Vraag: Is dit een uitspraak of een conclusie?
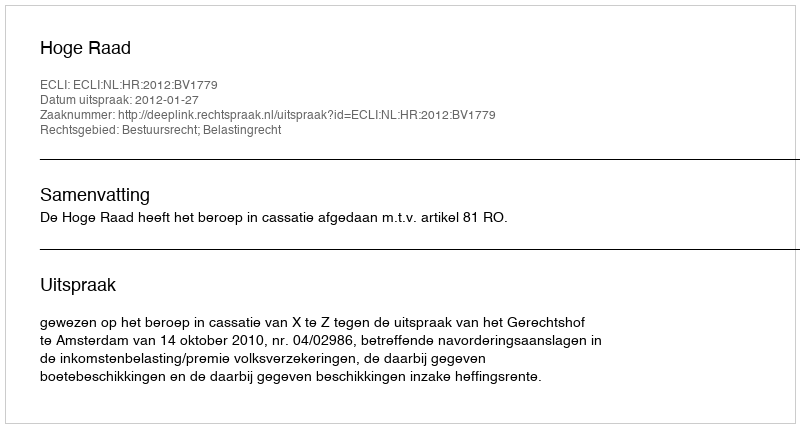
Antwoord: Uitspraak